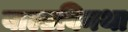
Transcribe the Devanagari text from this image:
बाल्डविनथा